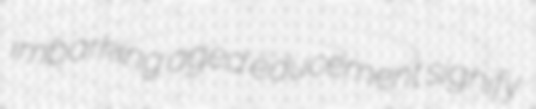
imbarking aged educement signify